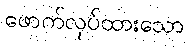
ဖောက်လုပ်ထားသော